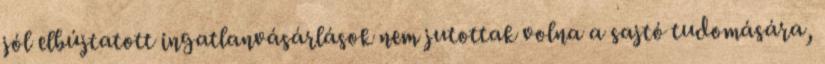
jól elbújtatott ingatlanvásárlások nem jutottak volna a sajtó tudomására,